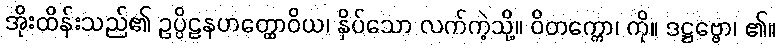
အိုးထိန်းသည်၏ ဥပ္ပိဠနဟတ္ထောဝိယ၊ နှိပ်သော လက်ကဲ့သို့။ ဝိတက္ကော၊ ကို။ ဒဋ္ဌဗ္ဗော၊ ၏။